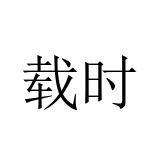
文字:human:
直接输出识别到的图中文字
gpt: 载时